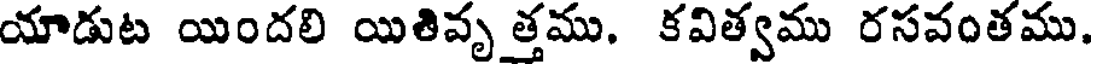
యాడుట యిందలి యితివృ త్తము. కవిత్వము రసవంతము.